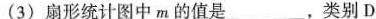
(3)扇形统计图中m的值是_，类别D